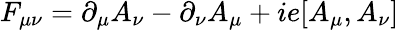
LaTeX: F_{\mu\nu}=\partial_{\mu}A_{\nu}-\partial_{\nu}A_{\mu}+ie[A_{\mu},A_{\nu}]